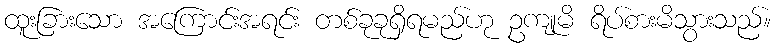
ထူးခြားသော အကြောင်းအရင်း တစ်ခုခုရှိရမည်ဟု ဥကျုမိ ရိပ်စားမိသွားသည်။